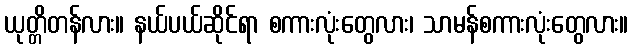
ယုတ္တိတန်လား။ နယ်ပယ်ဆိုင်ရာ စကားလုံးတွေလား၊ သာမန်စကားလုံးတွေလား။